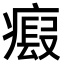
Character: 𤹱